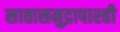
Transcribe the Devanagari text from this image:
सातासमुद्रापारही